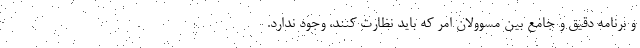
و برنامه دقیق و جامع بین مسوولان امر که باید نظارت کنند، وجود ندارد.